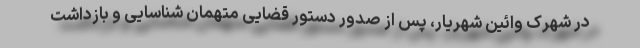
در شهرک وائین شهریار، پس از صدور دستور قضایی متهمان شناسایی و بازداشت